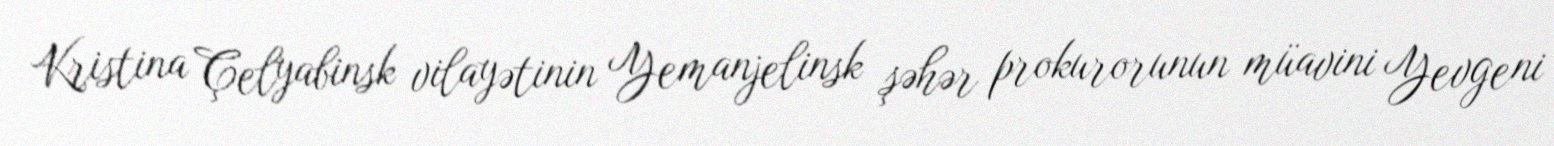
Kristina Çelyabinsk vilayətinin Yemanjelinsk şəhər prokurorunun müavini Yevgeni